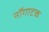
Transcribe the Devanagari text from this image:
नॉगाटक